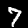
Label: 7